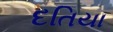
દતિયા